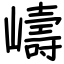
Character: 嶹